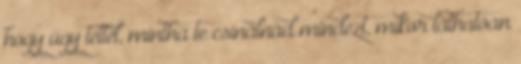
hogy úgy tettél, mintha te csinálnád mindezt, mikor láthatóan